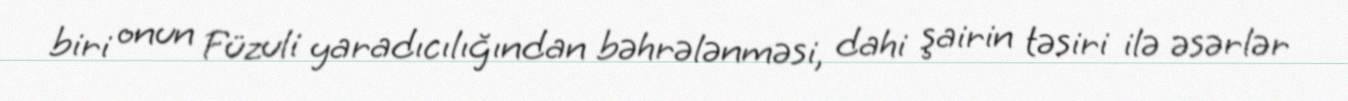
biri onun Füzuli yaradıcılığından bəhrələnməsi, dahi şairin təsiri ilə əsərlər